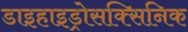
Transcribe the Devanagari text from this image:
डाइहाइड्रोसक्सिनिक